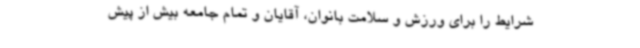
شرایط را برای ورزش و سلامت بانوان، آقایان و تمام جامعه بیش از پیش